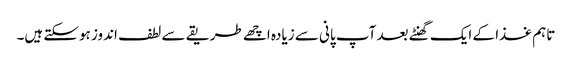
تاہم غذا کے ایک گھنٹے بعد آپ پانی سے زیادہ اچھے طریقے سے لطف اندوز ہوسکتے ہیں۔